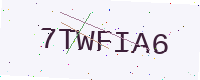
Text: 7TWFIA6